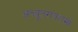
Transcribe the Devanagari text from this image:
अच्युतरायशर्मा